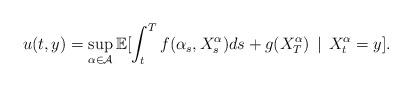
LaTeX: \begin{align*}u(t,y) = \sup_{\alpha \in \mathcal{A}}\mathbb{E}[\int_t^T f(\alpha_s,X_s^\alpha)ds+g(X_T^\alpha)\,\mid \, X_t^\alpha = y]. \end{align*}